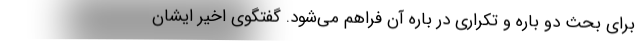
برای بحث دو باره و تکراری در باره آن فراهم می‌شود. گفتگوی اخیر ایشان